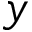
y